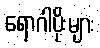
ရောဂါပိုးများ